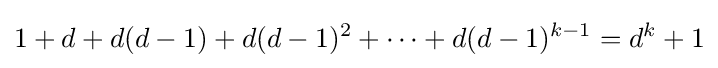
1+d+d(d-1)+d(d-1)^{2}+\cdots +d(d-1)^{k-1}=d^{k}+1